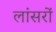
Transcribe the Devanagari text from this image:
लांसरों